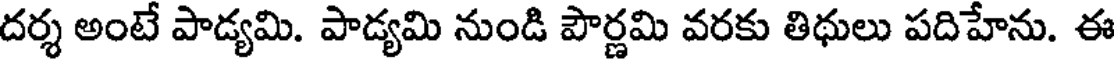
దర్శ అంటే పాడ్యమి. పాడ్యమి నుండి పౌర్ణమి వరకు తిథులు పదిహేను. ఈ